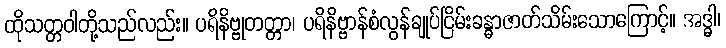
ထိုသတ္တဝါတို့သည်လည်း။ ပရိနိဗ္ဗုတတ္တာ၊ ပရိနိဗ္ဗာန်စံလွန်ချုပ်ငြိမ်းခန္ဓာဇာတ်သိမ်းသောကြောင့်။ အဒ္ဓါ၊